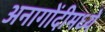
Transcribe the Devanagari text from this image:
अनागोंदीमध्ये